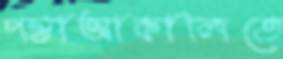
পন্তাআকালিতে